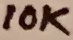
Text: 10K